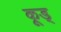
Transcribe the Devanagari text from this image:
कूड्